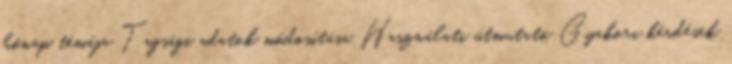
hónap témája Tagsági adatok módosítása Használati útmutató Gyakori kérdések